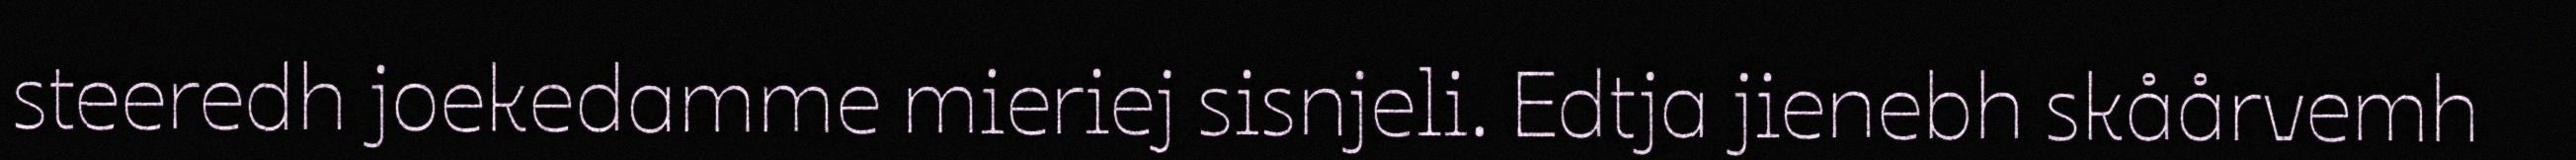
steeredh joekedamme mieriej sisnjeli. Edtja jienebh skåårvemh